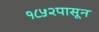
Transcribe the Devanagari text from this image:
१८५२पासून